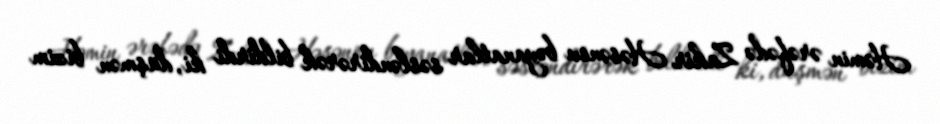
Həmin ərəfədə Zakir Həsənov bəyanatlar səsləndirərək bildirdi ki, düşmən bizim